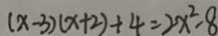
( x - 3 ) ( x + 2 ) + 4 = 2 x ^ { 2 } - 8